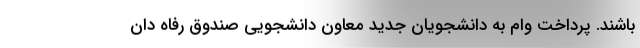
باشند. پرداخت وام به دانشجویان جدید معاون دانشجویی صندوق رفاه دان